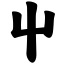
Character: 屮